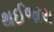
થઈજાય